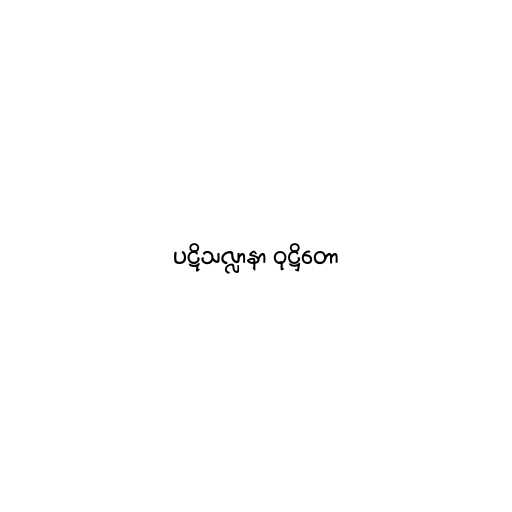
ပဋိသလ္လာနာ ဝုဋ္ဌိတော